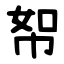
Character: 帤